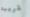
قريبه